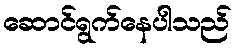
ဆောင်ရွက်နေပါသည်